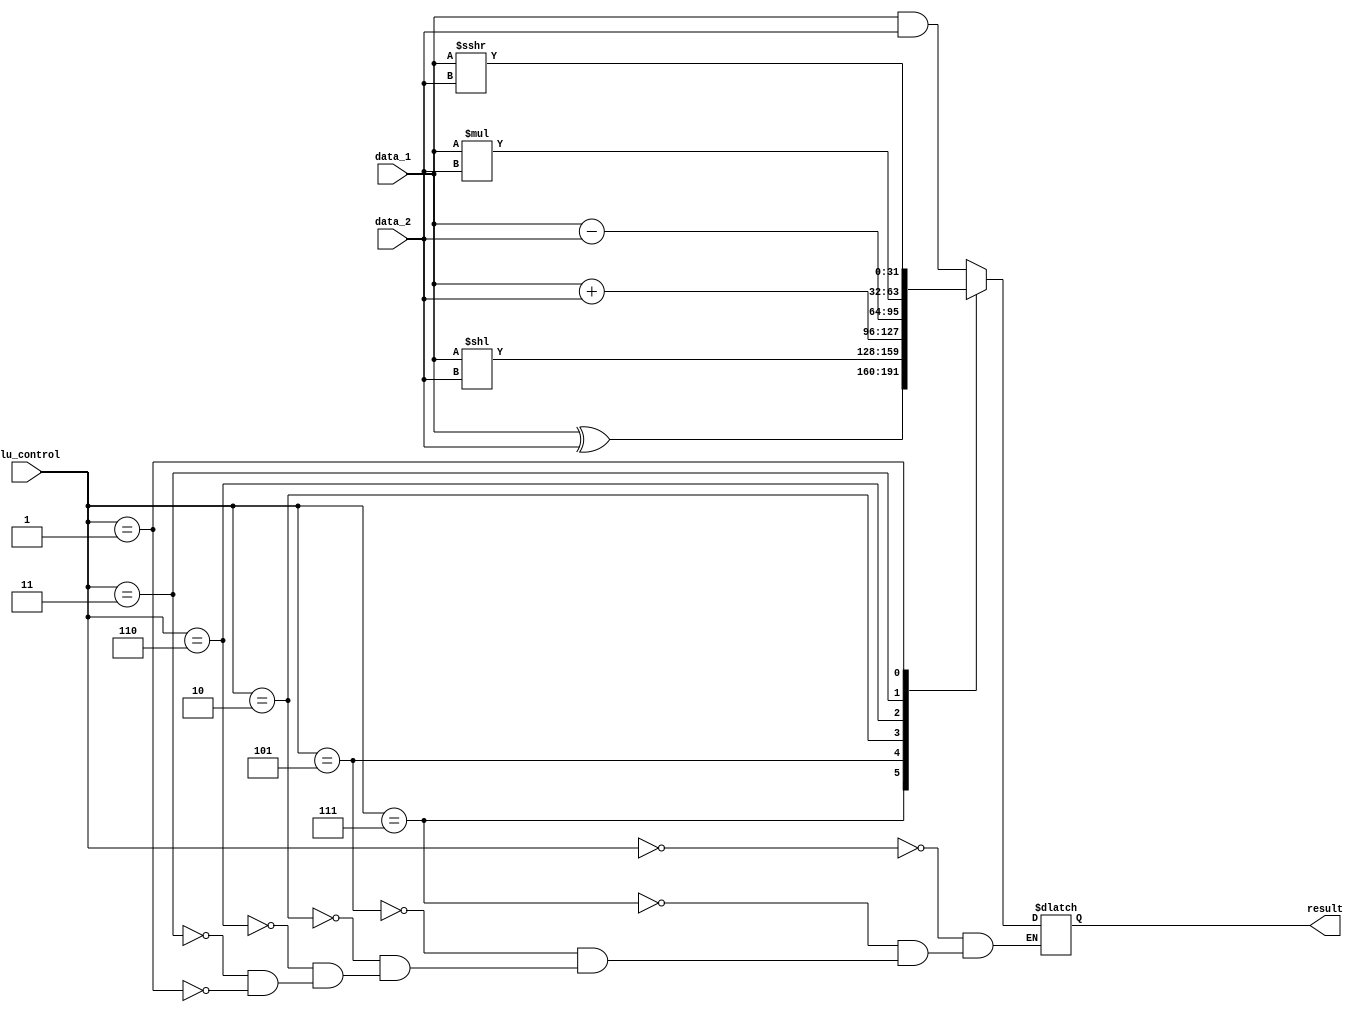
module ALU #(parameter Width = 32)
(
    data_1,
    data_2,
    alu_control,
    result,
    // Zero
);

// Interface
input   signed  [31:0]          data_1;
input   signed  [31:0]          data_2;
input           [3:0]           alu_control;
output  signed  [31:0]          result;
// output                          Zero;

reg     signed  [31:0]          result;
// reg                             Zero;
// reg             [31:0]          minus;

always@(*) begin
    // calculate result
    case (alu_control)
        4'b0000 : result = data_1 & data_2;    // and
        4'b0111 : result = data_1 ^ data_2;    // xor
        4'b0101 : result = data_1 << data_2;   // sll
        4'b0010 : result = data_1 + data_2;    // add, addi, lw, sw
        4'b0110 : result = data_1 - data_2;    // sub. beq
        4'b0011 : result = data_1 * data_2;    // mul
        4'b0001 : result = data_1 >>> data_2;  // srai
    endcase
    // // calculate Zero
    // minus = data_1 - data_2;
    // Zero = (minus == 32'b0);
end

endmodule